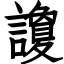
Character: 讂